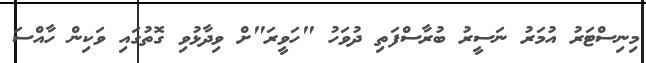
މިނިސްޓަރު އުމަރު ނަސީރު ބުރާސްފަތި ދުވަހު "ހަވީރަ"ށް ވިދާޅުވި ގޮތުގައި ވަކިން ހާއްސަ